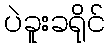
ပဲခူးခရိုင်